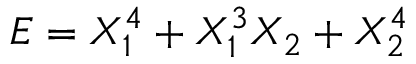
E = X _ { 1 } ^ { 4 } + X _ { 1 } ^ { 3 } X _ { 2 } + X _ { 2 } ^ { 4 }